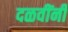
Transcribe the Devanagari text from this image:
दळवींनी